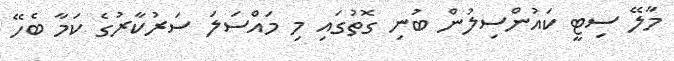
މާލޭ ސިޓީ ކައުންސިލުން ބުނި ގޮތުގައި މި މައްސަލަ ސަރުކާރުގެ ކަމާ ބެހޭ